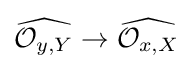
{\widehat {{\mathcal {O}}_{y,Y}}}\to {\widehat {{\mathcal {O}}_{x,X}}}